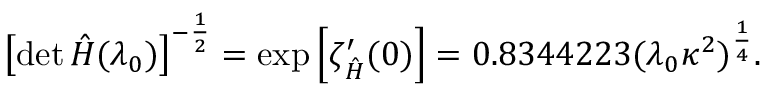
\left[ \operatorname * { d e t } \hat { H } ( \lambda _ { 0 } ) \right] ^ { - \frac { 1 } { 2 } } = \mathrm { e x p } \left[ \zeta _ { \hat { H } } ^ { \prime } ( 0 ) \right] = 0 . 8 3 4 4 2 2 3 ( \lambda _ { 0 } \kappa ^ { 2 } ) ^ { \frac { 1 } { 4 } } .